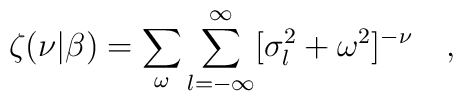
\zeta(\nu|\beta)=\sum_{\omega}\sum_{l=-\infty}^{\infty}[\sigma_l^2+\omega^2]^{-\nu}~~~,